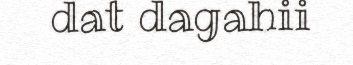
dat dagahii